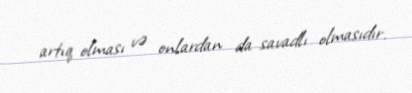
artıq olması və onlardan da savadlı olmasıdır.